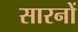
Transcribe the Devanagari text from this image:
सारनों